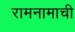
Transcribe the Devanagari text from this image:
रामनामाची